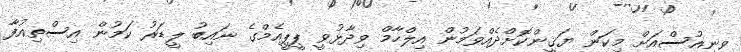
ވީނިއުސްއަށް މިކަން ޔަޤީންކޮށްދެއްވަމުން އިލްހާމް ވިދާޅުވީ ޕީޕީއެމްގެ ނައިބު ލީޑަރު ކަމުން އިސްތިއުފާ